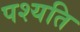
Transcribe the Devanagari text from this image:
पश्यति